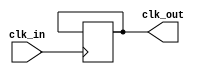
module frequency_divider (
  input  clk_in,
  output clk_out
);
  parameter N = 4;

  reg counter = 0;

  always @(posedge clk_in) begin
    counter <= counter + 1;
    if (counter == N-1) begin
      counter <= 0;
      clk_out <= ~clk_out;
    end
  end
endmodule